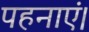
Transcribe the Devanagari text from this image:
पहनाएं।